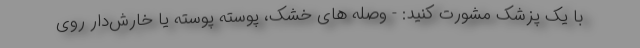
با یک پزشک مشورت کنید: - وصله های خشک، پوسته پوسته یا خارش‌دار روی